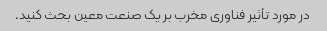
در مورد تأثیر فناوری مخرب بر یک صنعت معین بحث کنید.